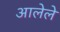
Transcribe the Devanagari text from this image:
अालेले